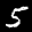
Label: 5